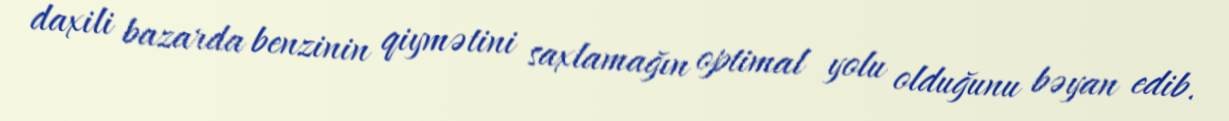
daxili bazarda benzinin qiymətini saxlamağın optimal yolu olduğunu bəyan edib.